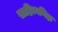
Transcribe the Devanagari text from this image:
साहित्यनिष्ठा